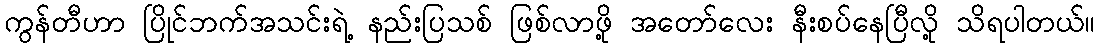
ကွန်တီဟာ ပြိုင်ဘက်အသင်းရဲ့ နည်းပြသစ် ဖြစ်လာဖို့ အတော်လေး နီးစပ်နေပြီလို့ သိရပါတယ်။